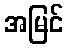
အမြင်